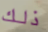
ذلك